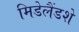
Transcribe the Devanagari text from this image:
मिडेलैंडशे